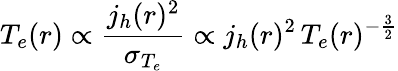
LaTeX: T_{e}(r)\propto\frac{j_{h}(r)^{2}}{\sigma_{T_{e}}}\propto j_{h}(r)^{2}\, T_{e}(r)^{-\frac{3}{2}}